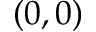
( 0 , 0 )